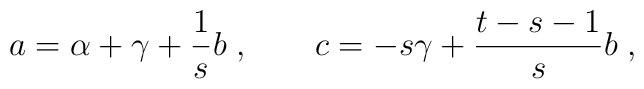
a = \alpha +\gamma +{1\over s}b\;, \qquad c = -{s}\gamma + {t-s-1\over s}b\;,